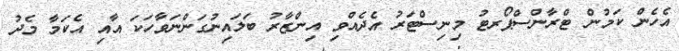
އެހެން ކަމުން ޓްރާންސްޕޯރޓު މިނިސްޓަރު އެދެއްވި އިންޒާރު ބަލައިނުގަންނަވާހަކަ އާއި އެކަމާ މެދު